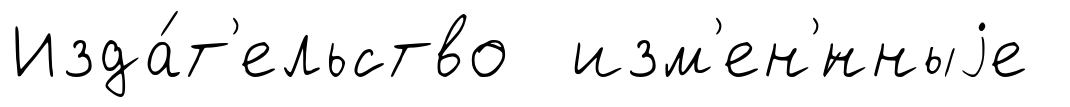
Изда́т'ельство изм'ен'́нныjе